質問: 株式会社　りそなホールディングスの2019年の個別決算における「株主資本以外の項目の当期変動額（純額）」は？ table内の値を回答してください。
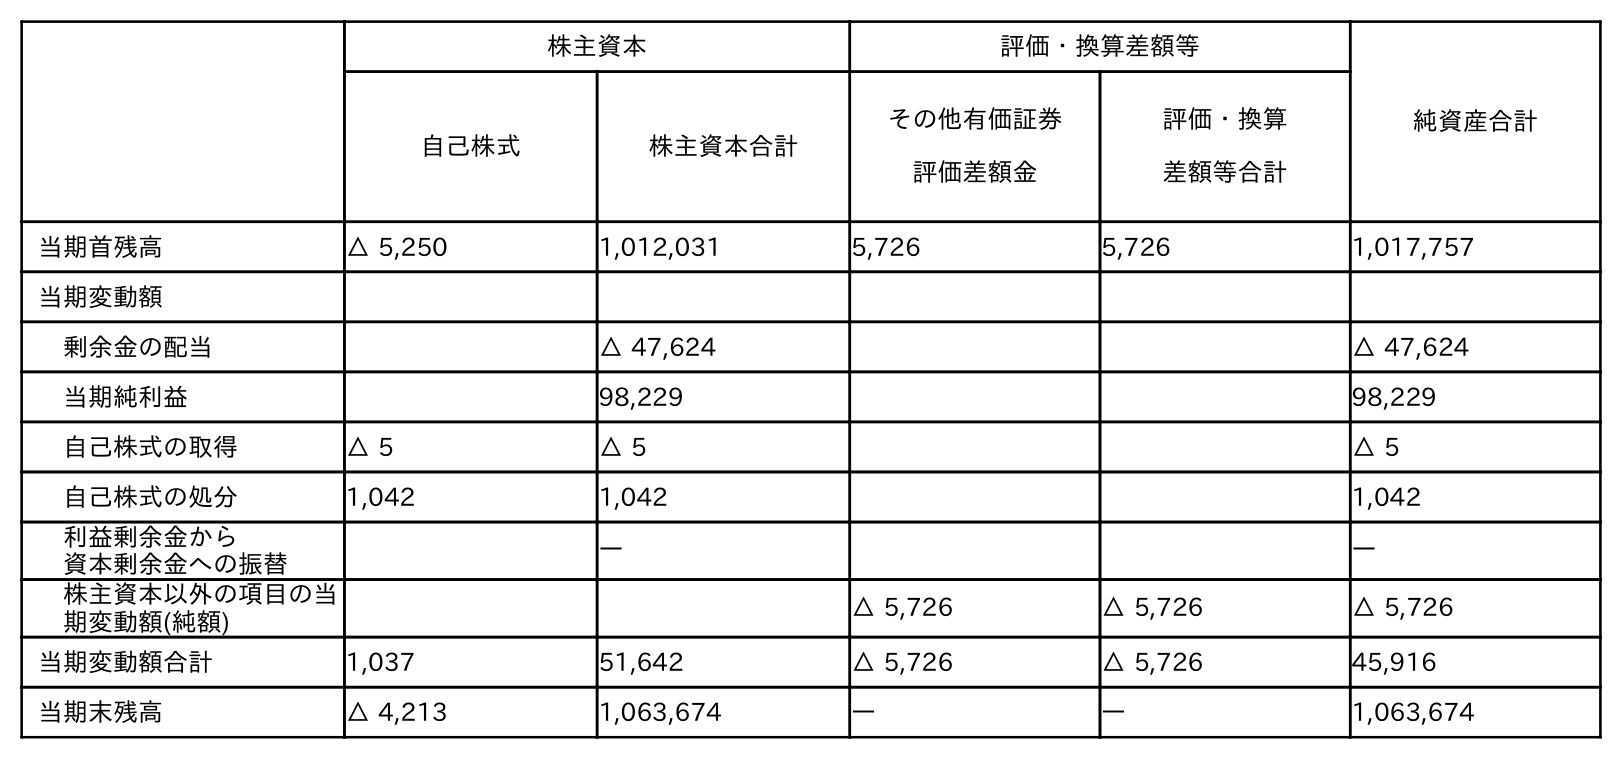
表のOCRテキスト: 株主資本 評価・換算差額等 純資産合計 自己株式 株主資本合計 その他有価証券 評価差額金 評価・換算 差額等合計 当期首残高 △ 5,250 1,012,031 5,726 5,726 1,017,757 当期変動額 剰余金の配当 △ 47,624 △ 47,624 当期純利益 98,229 98,229 自己株式の取得 △ 5 △ 5 △ 5 自己株式の処分 1,042 1,042 1,042 利益剰余金から 資本剰余金への振替 ― ― 株主資本以外の項目の当 期変動額(純額) △ 5,726 △ 5,726 △ 5,726 当期変動額合計 1,037 51,642 △ 5,726 △ 5,726 45,916 当期末残高 △ 4,213 1,063,674 ― ― 1,063,674
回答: △5,726